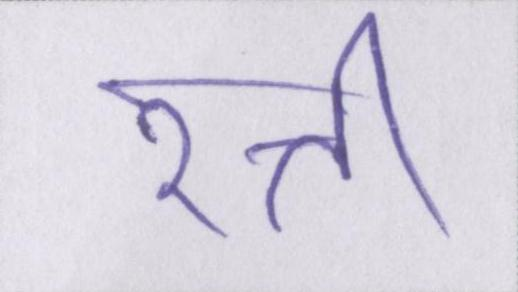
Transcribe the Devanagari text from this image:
रत्ती